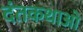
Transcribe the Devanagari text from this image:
दंतकथाओ